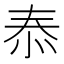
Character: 㤗